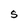
Character: S